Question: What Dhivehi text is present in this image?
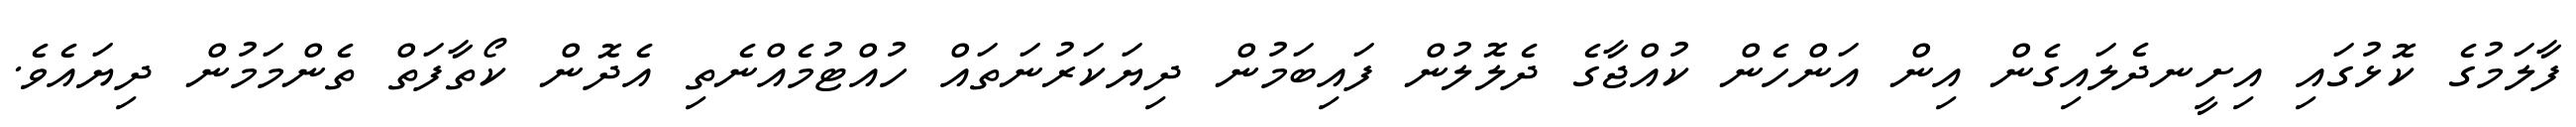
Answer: ފާލަމުގެ ކޮޅުގައި އިށީނދެލައިގެން އިން އަންހެން ކުއްޖާގެ ދެލޮލުން ފައިބަމުން ދިޔަކަރުނަތައް ހުއްޓުމެއްނެތި އެދޮން ކޯތާފަތް ތެންމަމުން ދިޔައެވެ.